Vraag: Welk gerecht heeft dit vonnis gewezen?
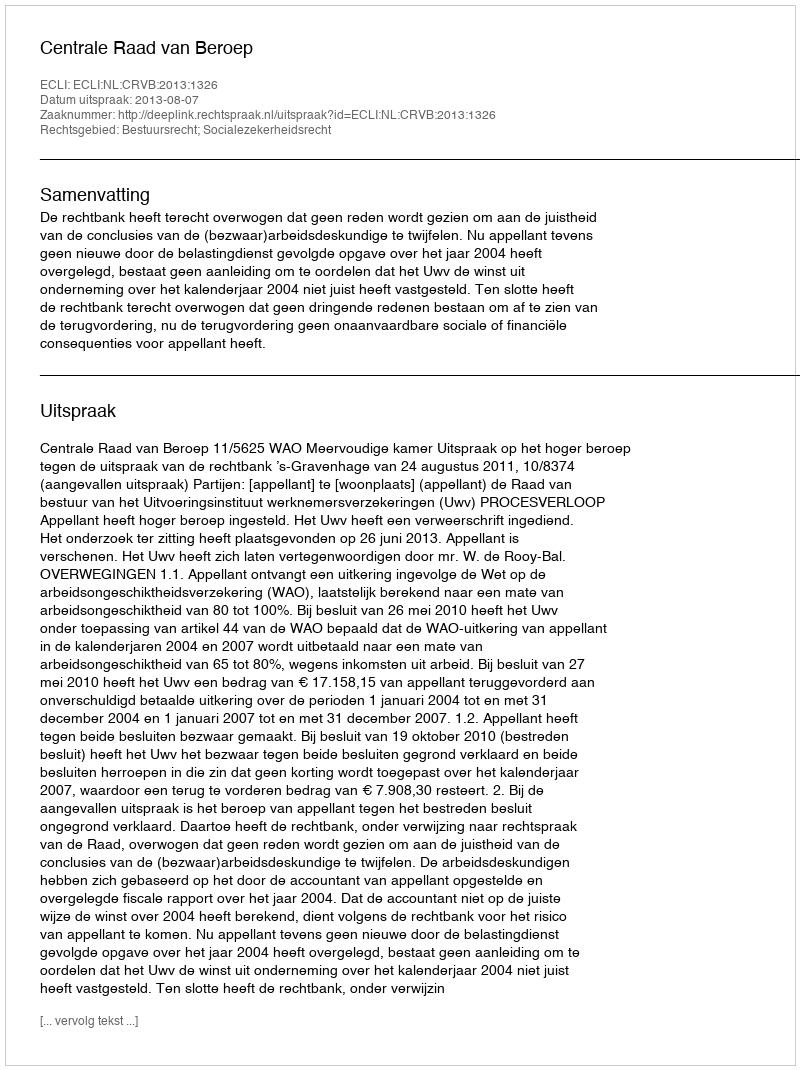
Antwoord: Centrale Raad van Beroep